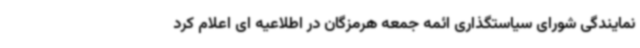
نمایندگی شورای سیاستگذاری ائمه جمعه هرمزگان در اطلاعیه ای اعلام کرد